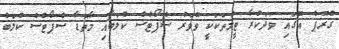
ގްރޫޕް އޭގައި ވަދަކުރާ ޓީމްތަކަކީ ވޭވަރު ސްޕޯޓްސް ކުލަބާއި މާތޮޑާ ސްޕޯޓްސް ކުލަބް